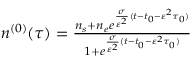
\begin{array} { r } { n ^ { ( 0 ) } ( \tau ) = \frac { n _ { s } + n _ { e } e ^ { \frac { \sigma } { { \varepsilon } ^ { 2 } } ( t - t _ { 0 } - { \varepsilon } ^ { 2 } \tau _ { 0 } ) } } { 1 + e ^ { \frac { \sigma } { { \varepsilon } ^ { 2 } } ( t - t _ { 0 } - { \varepsilon } ^ { 2 } \tau _ { 0 } ) } } } \end{array}